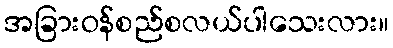
အခြားဝန်စည်စလယ်ပါသေးလား။